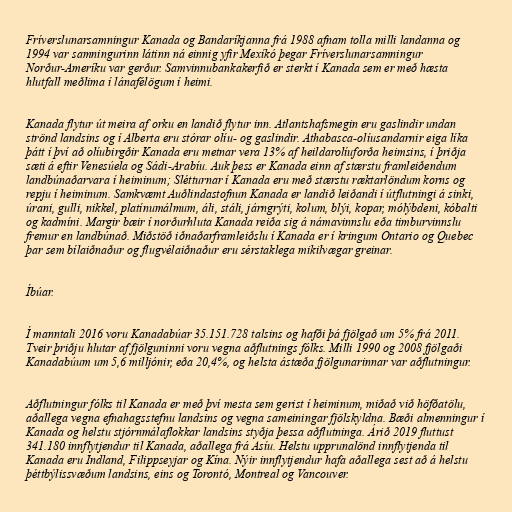
Fríverslunarsamningur Kanada og Bandaríkjanna frá 1988 afnam tolla milli landanna og
1994 var samningurinn látinn ná einnig yfir Mexíkó þegar Fríverslunarsamningur
Norður-Ameríku var gerður. Samvinnubankakerfið er sterkt í Kanada sem er með hæsta
hlutfall meðlima í lánafélögum í heimi.

Kanada flytur út meira af orku en landið flytur inn. Atlantshafsmegin eru gaslindir undan
strönd landsins og í Alberta eru stórar olíu- og gaslindir. Athabasca-olíusandarnir eiga líka
þátt í því að olíubirgðir Kanada eru metnar vera 13% af heildarolíuforða heimsins, í þriðja
sæti á eftir Venesúela og Sádi-Arabíu. Auk þess er Kanada einn af stærstu framleiðendum
landbúnaðarvara í heiminum; Slétturnar í Kanada eru með stærstu ræktarlöndum korns og
repju í heiminum. Samkvæmt Auðlindastofnun Kanada er landið leiðandi í útflutningi á sinki,
úrani, gulli, nikkel, platínumálmum, áli, stáli, járngrýti, kolum, blýi, kopar, mólýbdeni, kóbalti
og kadmíni. Margir bæir í norðurhluta Kanada reiða sig á námavinnslu eða timburvinnslu
fremur en landbúnað. Miðstöð iðnaðarframleiðslu í Kanada er í kringum Ontario og Quebec
þar sem bílaiðnaður og flugvélaiðnaður eru sérstaklega mikilvægar greinar.

Íbúar.

Í manntali 2016 voru Kanadabúar 35.151.728 talsins og hafði þá fjölgað um 5% frá 2011.
Tveir þriðju hlutar af fjölguninni voru vegna aðflutnings fólks. Milli 1990 og 2008 fjölgaði
Kanadabúum um 5,6 milljónir, eða 20,4%, og helsta ástæða fjölgunarinnar var aðflutningur.

Aðflutningur fólks til Kanada er með því mesta sem gerist í heiminum, miðað við höfðatölu,
aðallega vegna efnahagsstefnu landsins og vegna sameiningar fjölskyldna. Bæði almenningur í
Kanada og helstu stjórnmálaflokkar landsins styðja þessa aðflutninga. Árið 2019 fluttust
341.180 innflytjendur til Kanada, aðallega frá Asíu. Helstu upprunalönd innflytjenda til
Kanada eru Indland, Filippseyjar og Kína. Nýir innflytjendur hafa aðallega sest að á helstu
þéttbýlissvæðum landsins, eins og Torontó, Montreal og Vancouver.